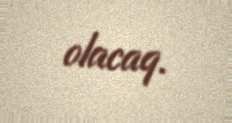
olacaq.